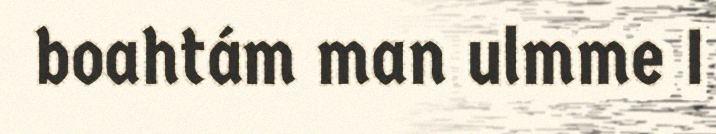
boahtám man ulmme I